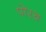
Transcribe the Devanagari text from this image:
पोरथ